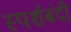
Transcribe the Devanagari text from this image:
स्पर्शबंदी